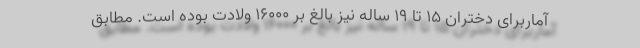
آماربرای دختران ۱۵ تا ۱۹ ساله نیز بالغ بر ۱۶۰۰۰ ولادت بوده است. مطابق